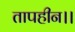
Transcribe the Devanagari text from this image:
तापहीन।।